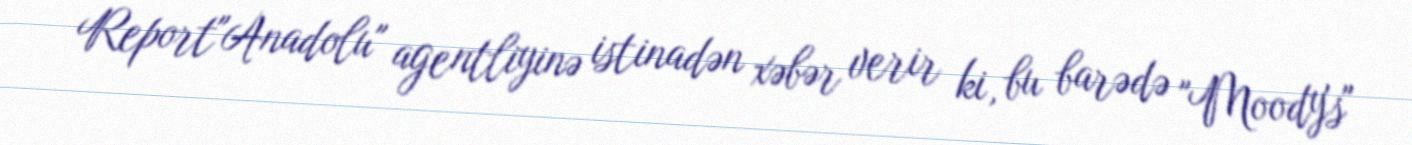
Report"Anadolu" agentliyinə istinadən xəbər verir ki, bu barədə "Moody's"